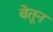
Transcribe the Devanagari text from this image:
बेतून